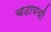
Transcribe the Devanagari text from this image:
चढायची